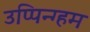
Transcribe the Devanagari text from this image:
उप्पिन्ग्हम